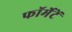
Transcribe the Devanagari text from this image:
फॉर्मेटें